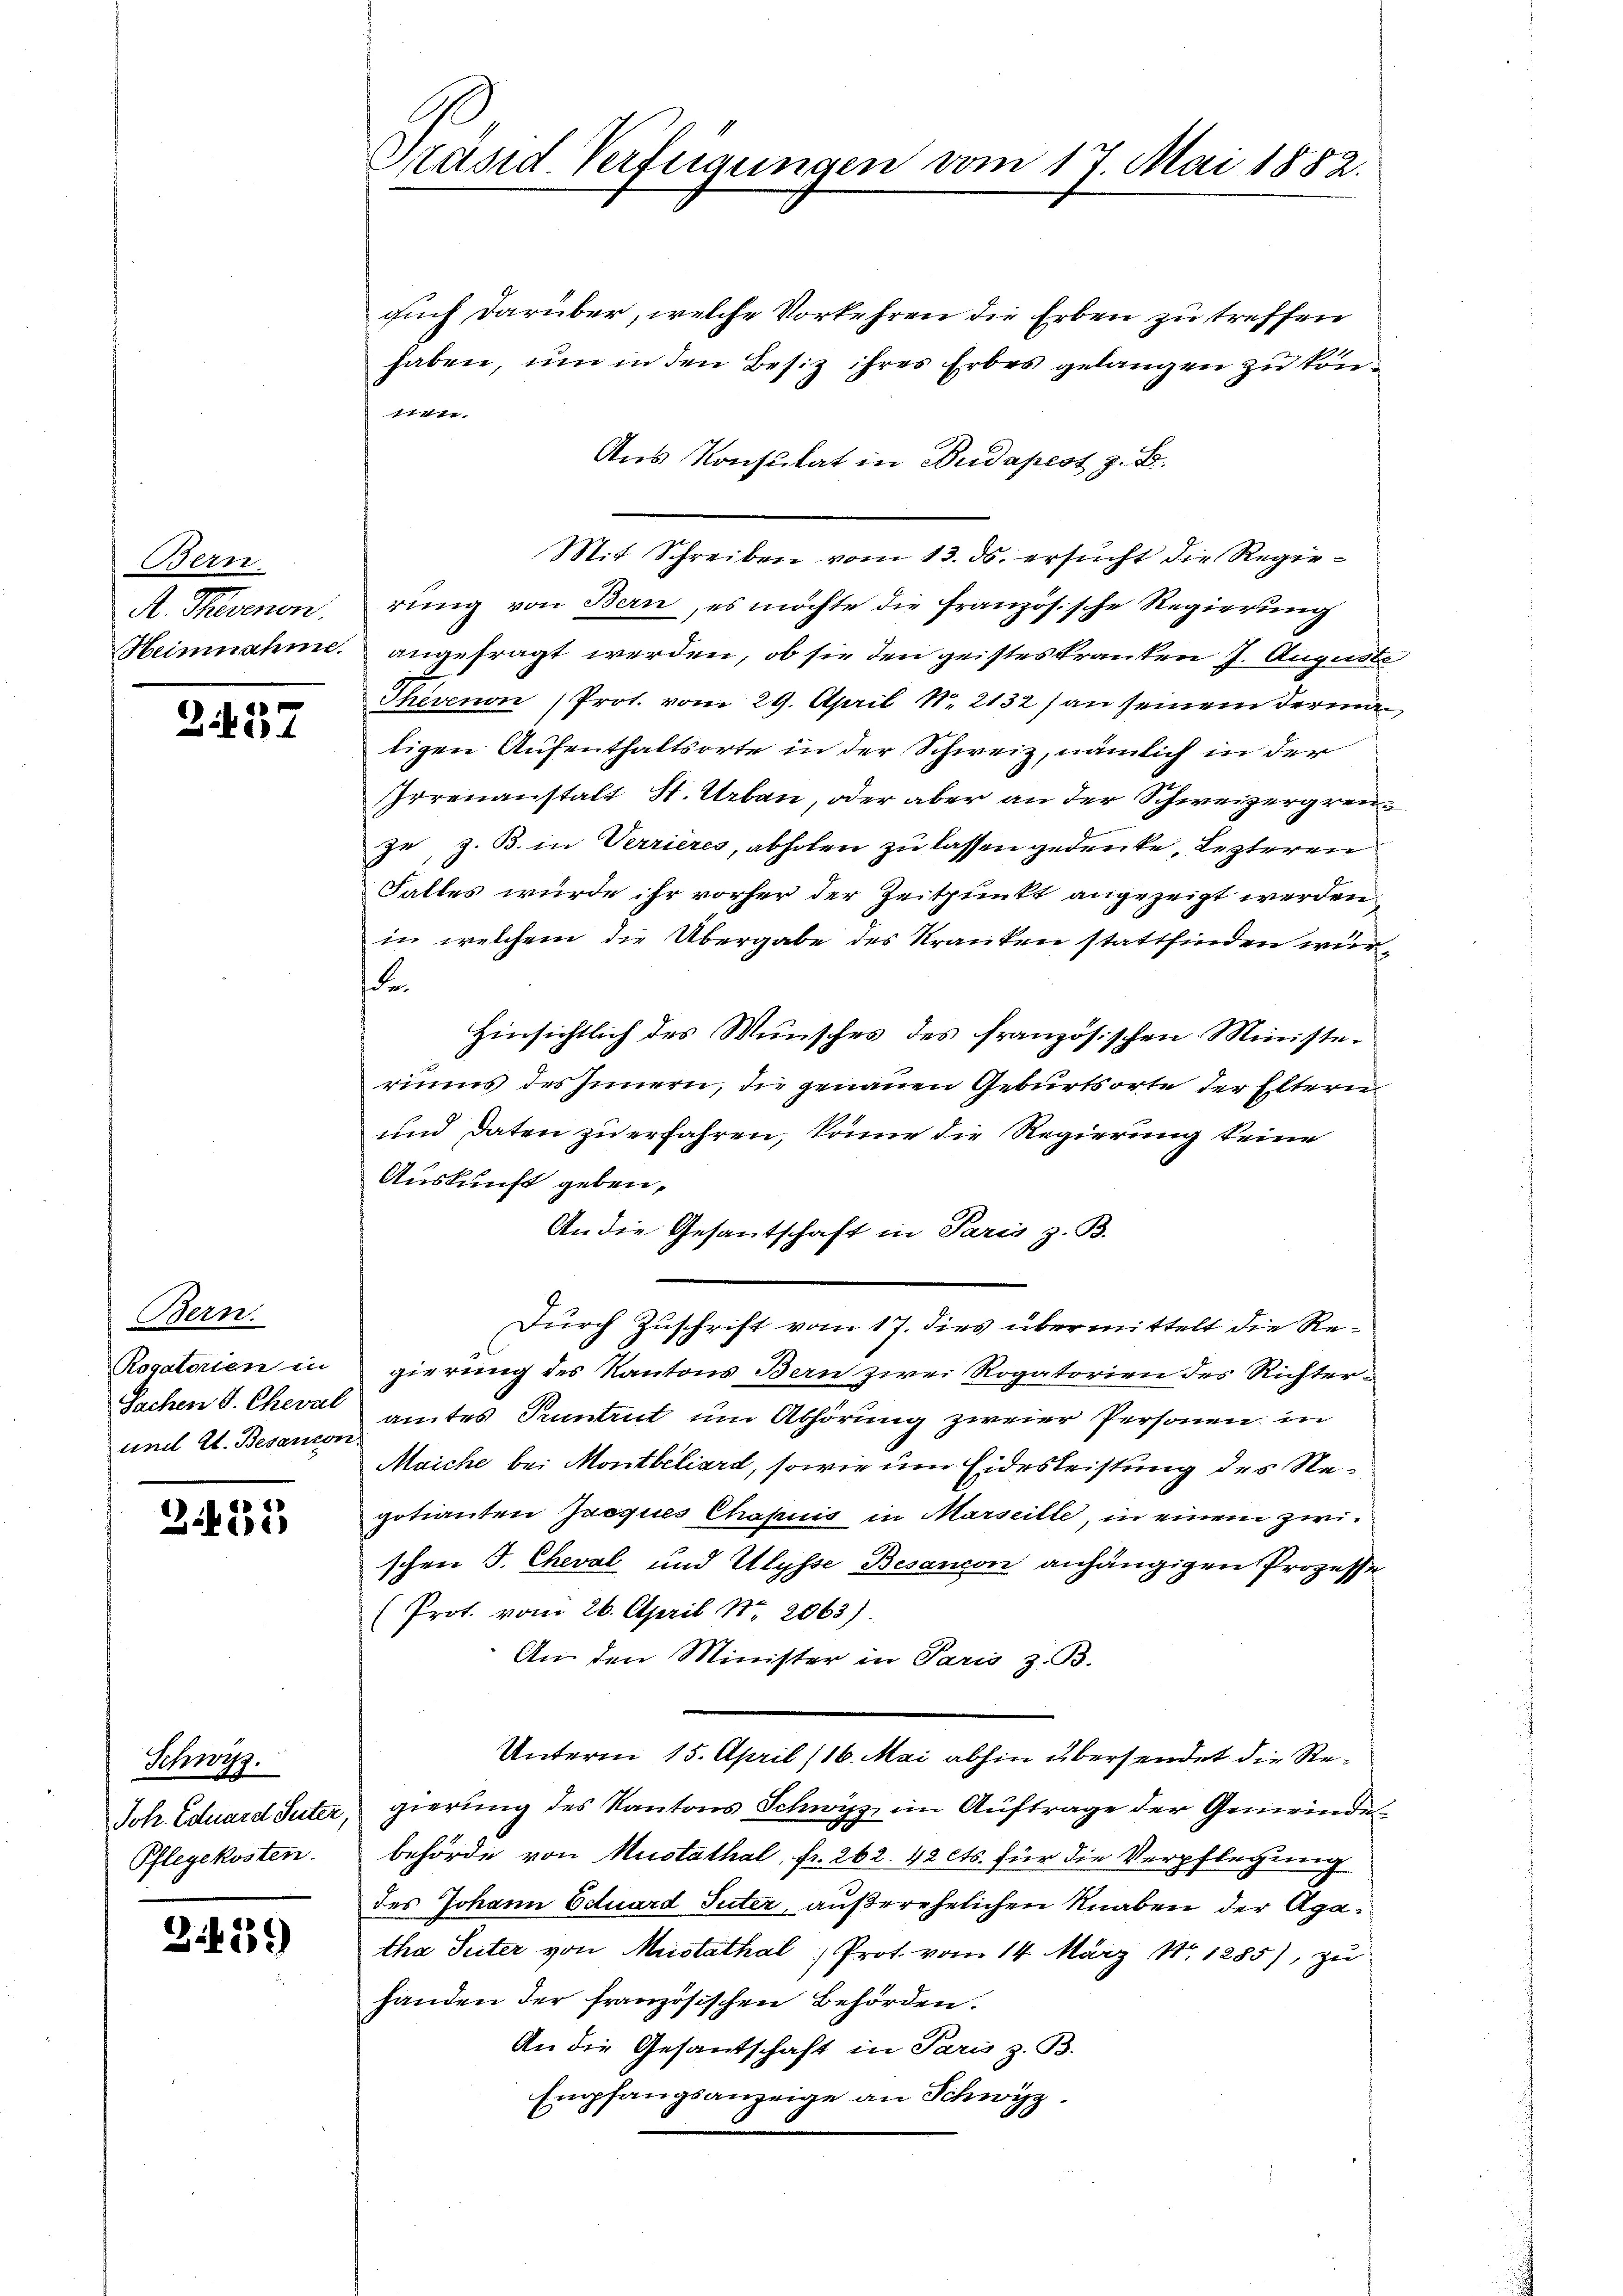
Bern.
A. Thorenen.
Heinnahme.

e
315

Bern.
Rogatorten in
Sachen S. Cheval
und Al. Besencon

3.433

Schwyz.
Johr. Eduard Suter
Pflegekosten.

359)

Präsid. Verfügungen vom 17. Mai 1882.

such darüber, welche Vorkehren die Erben zu treffen
haben, um in den Besiz ihres Erbes gelangen zu könie
Aus Konsulat in Budapest z. B.
Mit Schreiben vom 13. ds. ersucht die Regierung von Bern, es möchte die französische Regierung
angefragt werden, ob sie den geisteskranken 7. Auguste
Thevenon (Prot. vom 29. April N. 2132) an seinem deren
tigen Aufenthaltsorte in der Schweiz, nämlich in der
Irrenanstalt St. Urban, oder aber an der Schweizergrenje, z. B. in Verrieres, abholen zu lassen gedenke, lezteren
Falles würde ihr vorher der Zeitpunkt angezeigt werden.
in welchem die Übergabe des Kranken stattfinden wurde.
Hinsichtlich des Wunsches des französischen Ministeriums des Innern, die genauen Geburtsorte der Eltern
und daten zu erfahren, könne die Regierung keine
Auskunft geben,
An die Gesandtschaft in Paris z. B.
Durch Zuschrift vom 17. dies übermittelt die Regierung des Kantons Bern zwei Rogatorien des Richteramtes Pentrut um Abhörung zweier Personen in
Maiche bei Montbéliard, sowie um Eidesleistung des Regotianten Jacques Chapuis in Marseille in einem zwischen J. Cheval und Ulysse Besanzen anhängigen Prozesse
(Prot. vom 26. April N. 2063)
An den Minister in Paris z. B.
Unterm 15. April (16. Mai abhin übersendet die Regierung des Kantons Schwyz, im Auftrage der Gemeindebehörde von Mustathal, fr. 262. 42 cts. für die Verpflegung
des Johann Eduard Suter, außerehelichen Knaben der Agatha Suter von Mustathal, Prot. vom 14. März 181285), zu
handen der französischen Behörden.
An die Gesantschaft in Paris z. B.
Empfangsanzeige an Schwyz.